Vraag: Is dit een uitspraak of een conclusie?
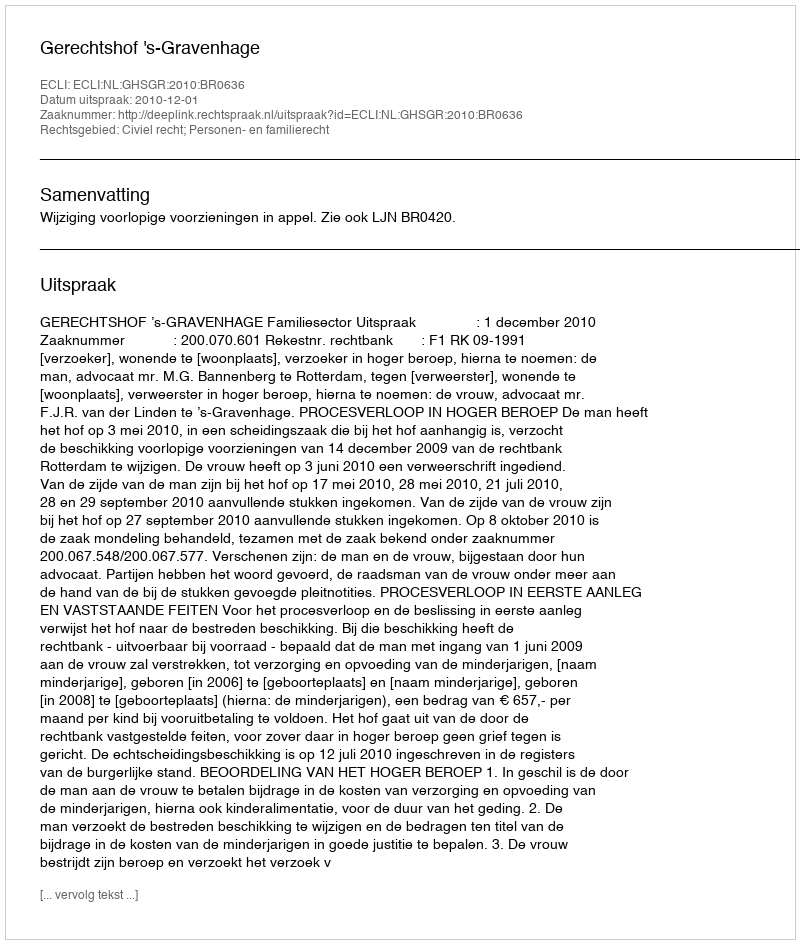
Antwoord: Uitspraak